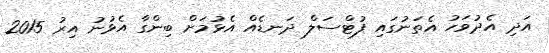
އަދި އެދުވަހު އެތަނުގައި ފުޓްސަލް ދަނޑެއް އެޅުމަށް ބިންގާ އެޅުނު އިރު 2015